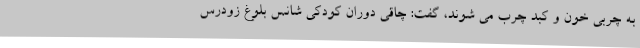
به چربی خون و کبد چرب می شوند، گفت: چاقی دوران کودکی شانس بلوغ زودرس